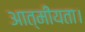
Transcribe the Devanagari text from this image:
आत्मीयता।